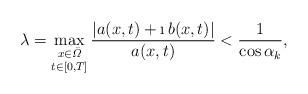
LaTeX: \begin{align*}\lambda=\max_{\substack{x\in \bar \varOmega\\*[2pt] t\in [0,T]}}\frac{|a(x,t)+\i\, b(x,t)|}{a(x,t)}<\frac{1}{\cos \alpha_k},\end{align*}